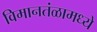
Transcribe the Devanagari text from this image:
विमानतंळामध्ये